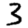
Digit: 3